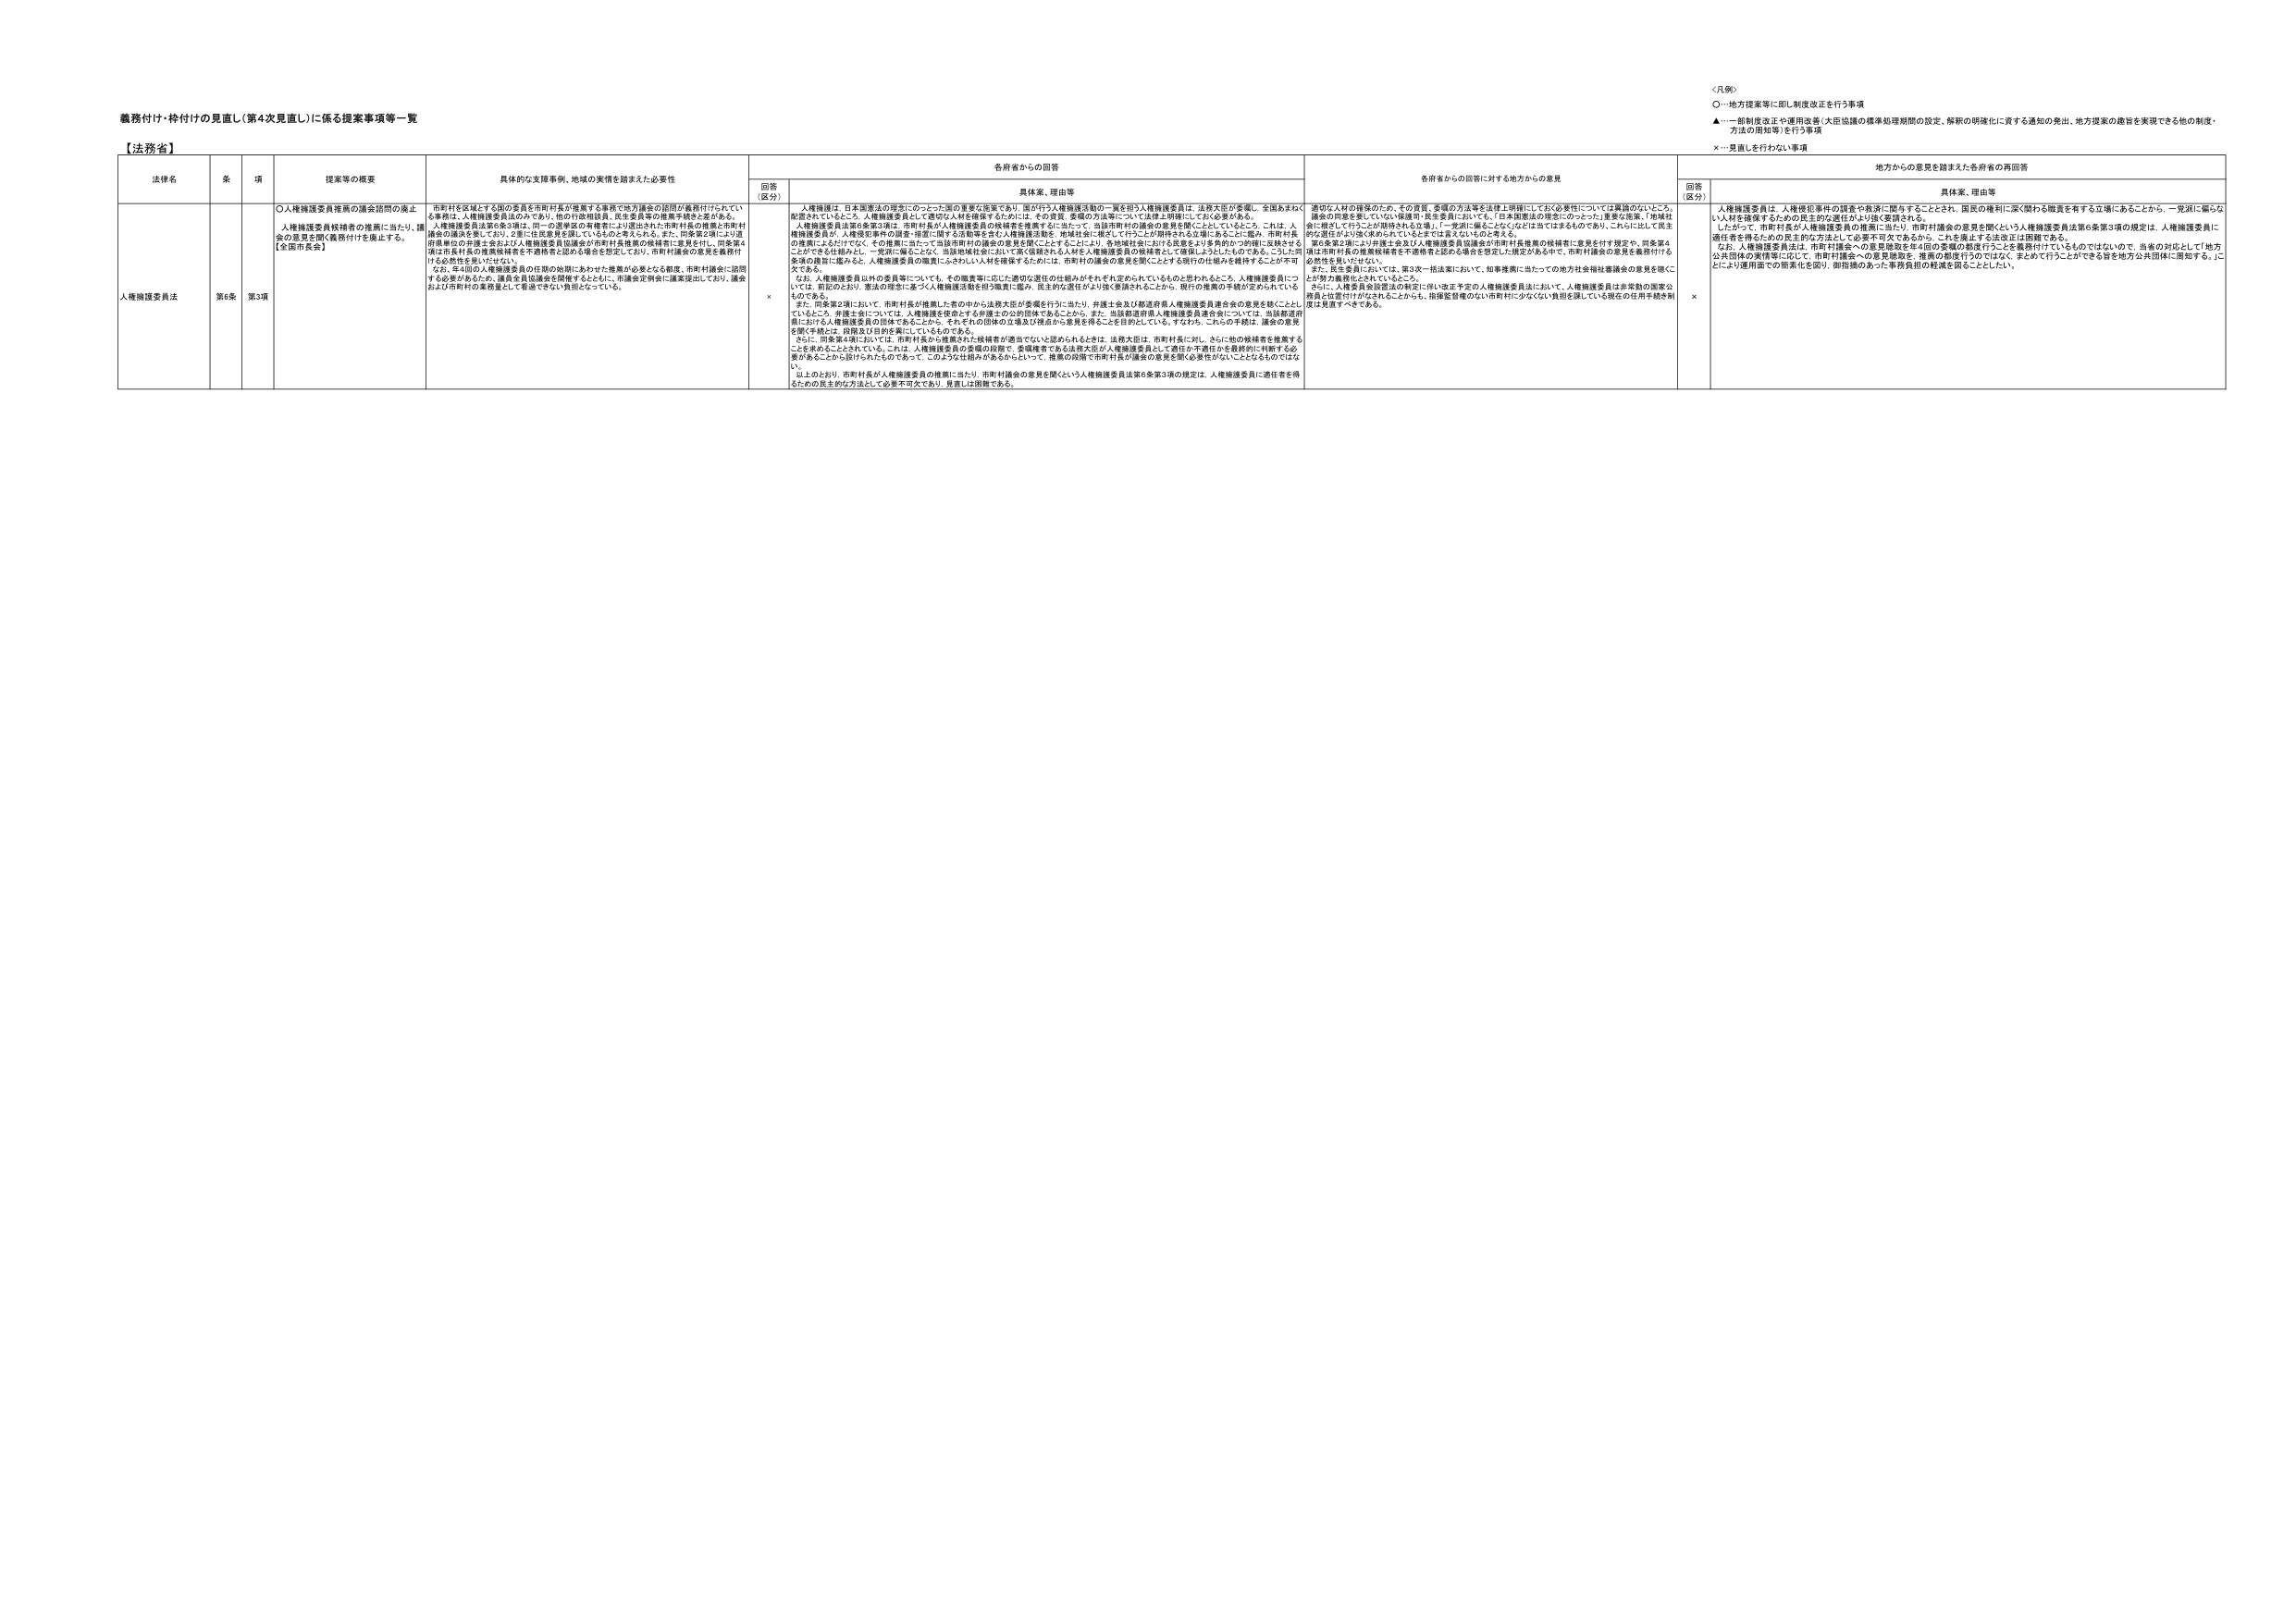
義務付け・枠付けの見直し（第4次見直し）に係る提案事項等一覧

【法務省】

＜凡例＞
○…地方提案等に即し制度改正を行う事項
▲…一部制度改正や運用改善（大臣協議の標準処理期間の設定、解釈の明確化に資する通知の発出、地方提案の趣旨を実現できる他の制度・方法の周知等）を行う事項
×…見直しを行わない事項

法律名　　条　　項　　提案等の概要　　具体的な支援事例、地域の実情を踏まえた必要性　　各府省からの回答　　各府省からの回答に対する地方からの意見　　地方からの意見を踏まえた各府省の再回答

回答（区分）　　具体案、理由等　　回答（区分）　　具体案、理由等

人権擁護委員法　　第6条　　第3項　　○人権擁護委員推薦の議会諮問の廃止
人権擁護委員候補者の推薦に当たり、議会の意見を聞く義務付けを廃止する。
【全国市長会】
市町村を区域とする国の委員を市町村長が推薦する事務で地方議会の諮問が義務付けられている事務は、人権擁護委員法のみであり、他の行政相談員、民生委員等の推薦手続と異なる。人権擁護委員法第6条3項は、同一の選挙区の有権者により選出された市町村長の推薦と市町村議会の議決を要しており、2重に住民意思を問っているものと考えられる。また、同条第2項により選挙単位の弁護士会および人権擁護委員協議会が市町村長推薦の候補者に意見を付し、同条第4項は市町村長の推薦候補者を不適格者と認める場合を想定しており、市町村議会の意見を義務付ける必要性を問いかねない。
なお、年4回の人権擁護委員の任期の始期にあわせた推薦が必要となる都度、市町村議会に諮問する必要があるため、議員全員出席を可能とするとには、市議会定例会に議案提出しており、議会および市町村の業務量として看過できない負担となっている。
人権擁護は、日本国憲法の理念にのっとった国の重要な施策であり、国の行う人権擁護活動の一翼を担う人権擁護委員は、法務大臣が委嘱し、全国あまねく配置されているところ、人権擁護委員として適切な人材を確保するためには、その資質、委嘱の方法等を法律上明確にしておく必要がある。
人権擁護委員法第6条3項は、市町村長が人権擁護委員の候補者を推薦するに当たって、当該市町村の議会の意見を聞くこととしている。これは、人権擁護委員が、人権侵害事例の調査・相談に関する活動等を含む人権擁護活動を、地域社会に根ざして行うことが期待される立場にあることに鑑み、市町村長の推薦によるものだけでなく、その推薦に当たって当該市町村の議会の意見を聞くことにより、各地域社会における民意をより多角的かつ的確に反映させることが可能とされる。一昨年以降、全国で、当該地域社会において強く候補される人材を人権擁護委員の候補者として推薦しようとしたものである。こうした事実の踏まえに鑑みると、人権擁護委員の職責にふさわしい人材を確保するためには、市町村の議会の意見を聞くことによる現行の仕組みを維持することが不可欠である。
なお、人権擁護委員以外の委員等については、その職責等に応じた適切な選任の仕組みがそれぞれ定められているものと認められること、人権擁護委員についても、前記のとおり、憲法の理念に基づく人権擁護活動を担う職責に鑑み、民主的な選任がより強く要請されることから、現行の推薦の手続が定められているものである。
また、同条第2項において、市町村長が推薦した者の中から法務大臣が委嘱を行うに当たり、弁護士会及び都道府県人権擁護委員連合会の意見を聴くこととしていること、弁護士会については、人権擁護を使命とする弁護士の公的団体であることから、また、当該都道府県人権擁護委員連合会については、当該都道府県における人権擁護委員の団体であることから、それぞれの団体の立場及び視点から意見を得ることを目的としている。すなわち、これらの手続は、選考の意見を聞く手続とは、役割及び目的を異にしているものである。
さらに、同条第4項においては、市町村長から推薦された候補者が適当でないと認められるときは、法務大臣は、市町村長に対し、さらに他の候補者を推薦することを求めることとされている。これは、人権擁護委員の委嘱の段階で、委嘱権者である法務大臣が人権擁護委員として適任か不適任かを最終的に判断する必要があることから設けられたものであって、このような仕組みがあるからといって、推薦の段階で市町村長が議会の意見を聞く必要性がないことになるものではない。
以上のことより、市町村長が人権擁護委員の推薦に当たり、市町村議会の意見を聞くという人権擁護委員法第6条第3項の規定は、人権擁護委員に適任者を得るための民主的な方法として必要不可欠であり、見直しは困難である。
×
適切な人材の確保のため、その資質、委嘱の方法等を法律上明確にしておく必要性については異論がないところ、議会の同意を要していない保護等・民生委員においても、「日本国憲法の理念にのっとった」重要な施策、「地域社会に根ざして行うことが期待される立場」、「一党派に偏ることなく」などは当てはまるものであり、これらに対して民主的な選任がより強く求められているとは言えまいものと考える。
第6条第2項により弁護士会及び人権擁護委員協議会が市町村長推薦の候補者に意見を付す規定や、同条第4項は市町村長の推薦候補者を不適格者と認める場合を想定した規定がある中で、市町村議会の意見を義務付ける必然性を問いかねない。
また、民生委員においては、第3次一括法案において、知事推薦に当たっての地方社会福祉審議会の意見を聴くことが努力義務化とされているところ。
さらに、人権委員会設置法の制定に伴い改正予定の人権擁護委員法において、人権擁護委員は非常勤の国家公務員と位置付けがなされることから、指揮監督権のない市町村に少ない負担を課している現在の任用手続を別途見直すべきである。
×
人権擁護委員は、人権侵害事件の調査や救済に関与することとされ、国民の権利に深く関わる職責を有する立場にあることから、一党派に偏らない人材を確保するための民主的な選任がより強く要請される。
したがって、市町村長が人権擁護委員の推薦に当たり、市町村議会の意見を聞くという人権擁護委員法第6条第3項の規定は、人権擁護委員に適任者を得るための民主的な方法として必要不可欠であるから、これを廃止する法改正は困難である。
なお、人権擁護委員法は、市町村議会への意見聴取を年4回の委嘱の段階でたとえ義務付けていなくとも、また、市町村議会への意見聴取を、推奨の都度行うのではなく、まとめて行うことができる旨を地方公共団体に周知する。これにより運用面での簡素化を図り、御指摘のあった事務負担の軽減を図ることとしたい。